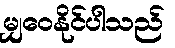
မျှဝေနိုင်ပါသည်